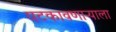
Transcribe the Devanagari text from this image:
पटकावणाऱ्याला